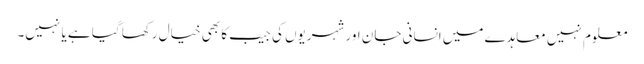
معلوم نہیں معاہدے میں انسانی جان اور شہریوں کی جیب کا بھی خیال رکھا گیا ہے یا نہیں۔